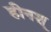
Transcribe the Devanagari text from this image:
हीनश्